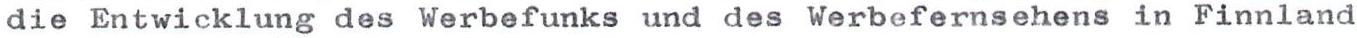
die Entwicklung des Werbefunks und des Werbefernsehens in Finnland